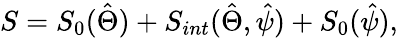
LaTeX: S=S_{0}(\hat{\Theta})+S_{int}(\hat{\Theta},\hat{\psi})+S_{0}(\hat{\psi}),